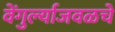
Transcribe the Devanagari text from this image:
वेंगुर्ल्याजवळचे